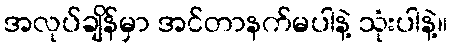
အလုပ်ချိန်မှာ အင်တာနက်မပါနဲ့ သုံးပါနဲ့။